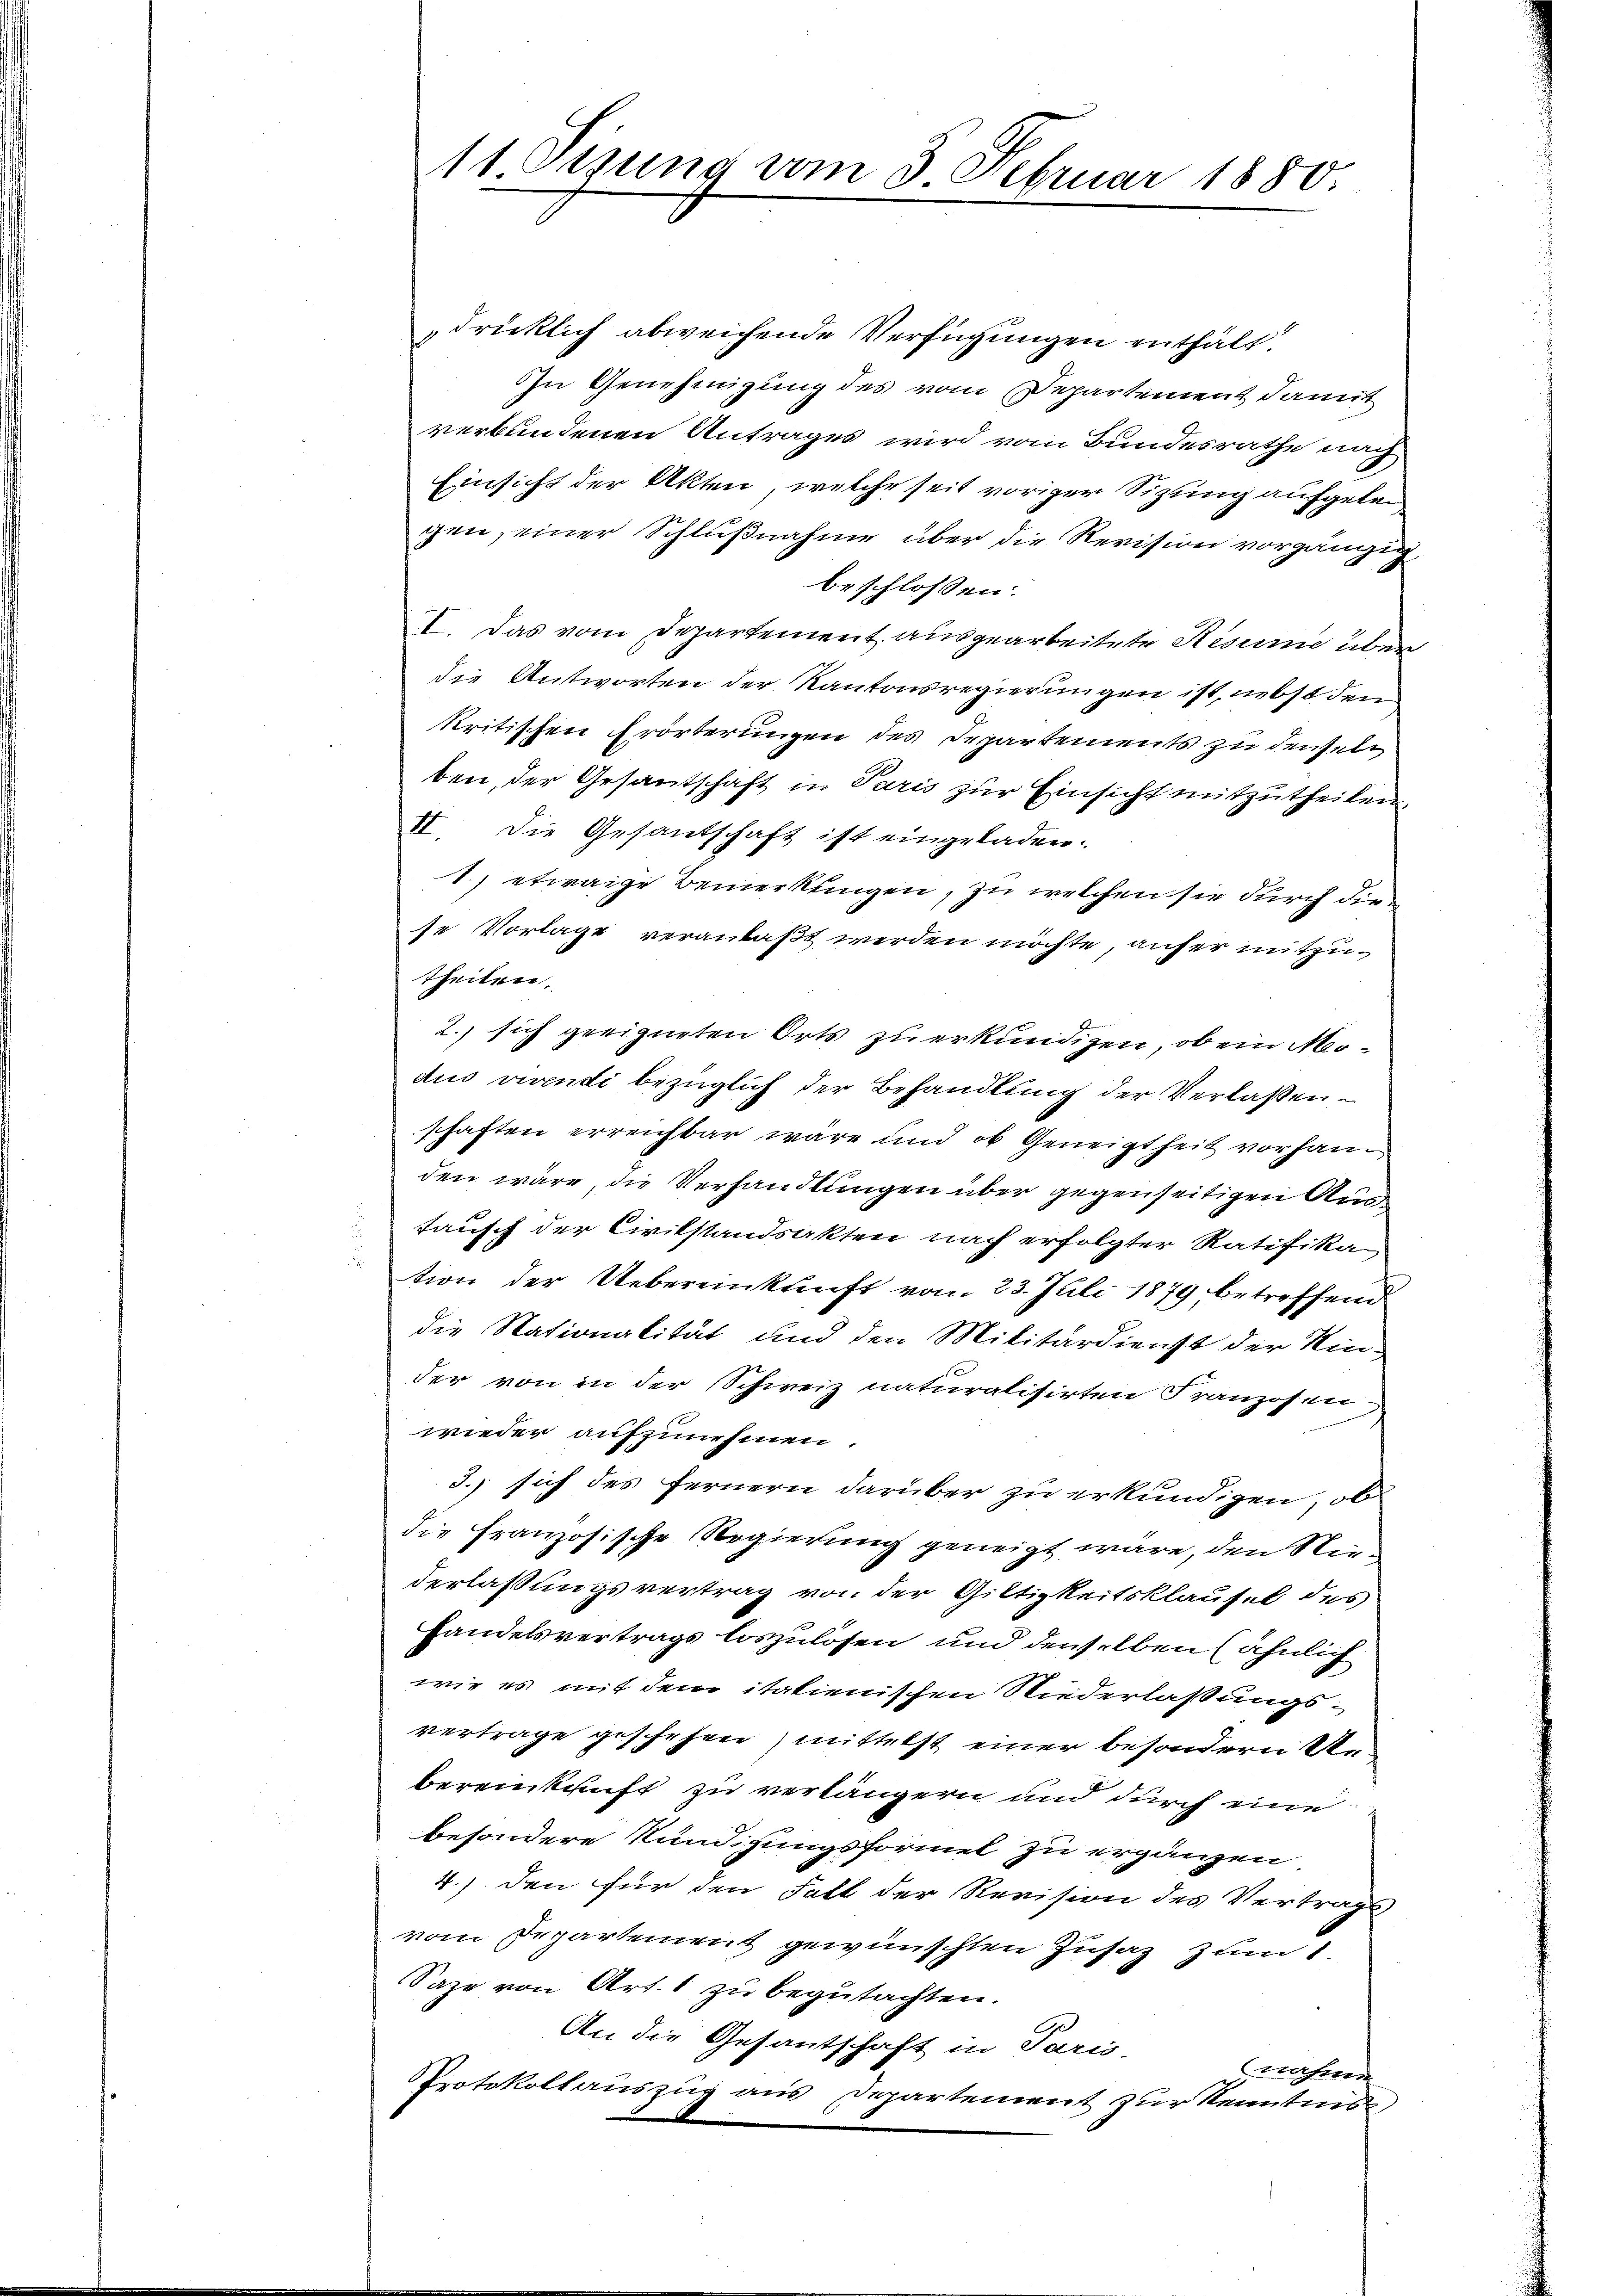
11 Sizung vom 3. Februar 1880

dricklich abweichende Verfügungen enthält.
In Genehmigung des vom Departement damit
verbundenen Antrages wird vom Bundesrathe nach
Einsicht der Akten, welche seit voriger Sitzung aufgelei
gen, einer Schlußnahme über die Revision vorgängig
beschlossen:
I. Das vom Departement ausgearbeitete Resume über
die Antworten der Kantonsregierungen ist, nebst den
kritischen Erörterungen des Departements zu denseln
ben, der Gesantschaft in Paris zur Einsicht mitzutheilen.
II Die Gesantschaft ist eingeladen.
1., etwaige Bemerkungen, zu welchen sie durch die
se Vorlage veranlaßt werden möchte, anfer mitzutheilen.
2.) sich geeigneten Orts zu erkundigen, ob ein Moaus vivendi bezüglich der Behandlung der Verlaßenschaften erreichbar wäre und ob Geneigtheit vorhan
den wäre, die Verhandlungen über gegenseitigen Aus
tausch der Civilstandsakten nach erfolgter Ratifika
tion der Uebereinkunft vom 23. Juli 1879, betreffend
die Nationalität und den Militärdienst der Hinder von in der Schweiz naturalisirten Franzosen
wieder aufzunehmen.
3.) sich des fernern darüber zu erkundigen, ob
die Französische Regierung geneigt wäre, den Niederlaßungsvertrag von der Giltigkeitsklausel des
Handelsvertrags loszulösen und denselben (ähnlich
wie es mit dem italienischen Niederlaßungsvertrage geschehen, mittelst einer besondern S
bereinkunft zu verlängern und durch eine
besondere Kündigungsformel zu ergänzen
4.) den für den Fall der Revision des Vertrags
vom Departement gewünschten Zusaz zum 1.
Saze von Art. 1 zu begutachten.
An die Gesantschaft in Paris-
Wasern
Protokollauszug aus Departement zur Kenntnis,